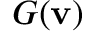
G ( \mathbf { v } )